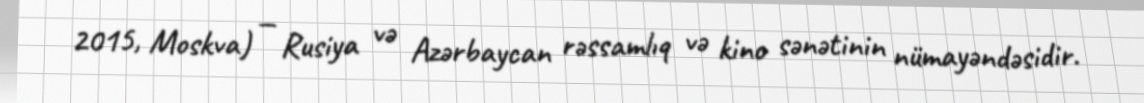
2015, Moskva) — Rusiya və Azərbaycan rəssamlıq və kino sənətinin nümayəndəsidir.